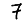
Digit: 7